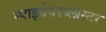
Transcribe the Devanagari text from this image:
स्पाइवेयरब्लास्टर